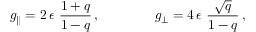
g _ { \parallel } = 2 \, \epsilon \ \frac { 1 + q } { 1 - q } \, , \qquad \qquad g _ { \perp } = 4 \, \epsilon \ \frac { \sqrt { q } } { 1 - q } \, ,